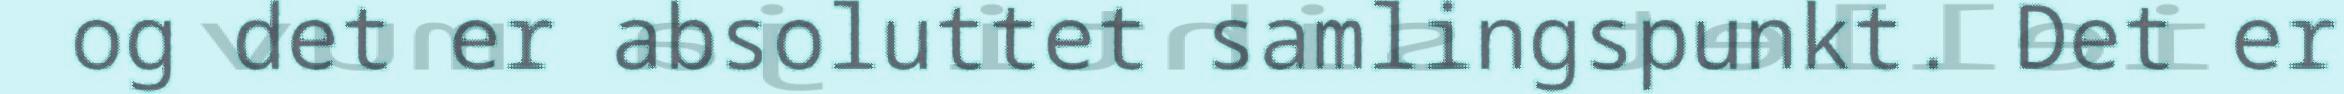
og det er absoluttet samlingspunkt. Det er